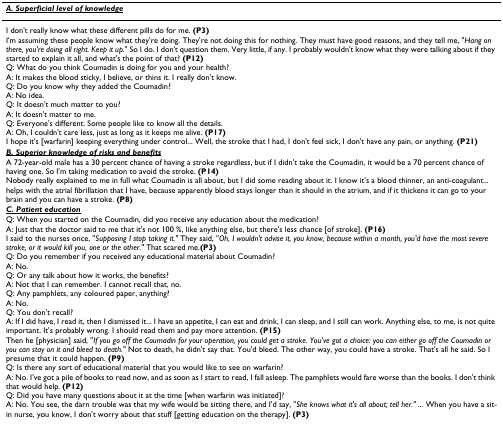
<table><thead><tr><td><b><i><underline>A. Superficial level of knowledge</underline></i></b></td></tr></thead><tbody><tr><td>I don't really know what these different pills do for me. <b>(P3)</b>I'm assuming these people know what they're doing. They're not doing this for nothing. They must have good reasons, and they tell me, "<i>Hang on there, you're doing all right. Keep it up.</i>" So I do. I don't question them. Very little, if any. I probably wouldn't know what they were talking about if they started to explain it all, and what's the point of that? <b>(P12)</b>Q: What do you think Coumadin is doing for you and your health?A: It makes the blood sticky, I believe, or thins it. I really don't know.Q: Do you know why they added the Coumadin?A: No idea.Q: It doesn't much matter to you?A: It doesn't matter to me.Q: Everyone's different. Some people like to know all the details.A: Oh, I couldn't care less, just as long as it keeps me alive. <b>(P17)</b>I hope it's [warfarin] keeping everything under control... Well, the stroke that I had, I don't feel sick, I don't have any pain, or anything. <b>(P21)</b></td></tr><tr><td><b><i><underline>B. Superior knowledge of risks and benefits</underline></i></b></td></tr><tr><td>A 72-year-old male has a 30 percent chance of having a stroke regardless, but if I didn't take the Coumadin, it would be a 70 percent chance of having one. So I'm taking medication to avoid the stroke. <b>(P14)</b>Nobody really explained to me in full what Coumadin is all about, but I did some reading about it. I know it's a blood thinner, an anti-coagulant... helps with the atrial fibrillation that I have, because apparently blood stays longer than it should in the atrium, and if it thickens it can go to your brain and you can have a stroke. <b>(P8)</b></td></tr><tr><td><i><underline><b>C. Patient education</b></underline></i></td></tr><tr><td>Q: When you started on the Coumadin, did you receive any education about the medication?A: Just that the doctor said to me that it's not 100 %, like anything else, but there's less chance [of stroke]. <b>(P16)</b>I said to the nurses once, "<i>Supposing I stop taking it." </i>They said, "<i>Oh, I wouldn't advise it, you know, because within a month, you'd have the most severe stroke, or it would kill you, one or the other." </i>That scared me.<b>(P3)</b>Q: Do you remember if you received any educational material about Coumadin?A: No.Q: Or any talk about how it works, the benefits?A: Not that I can remember. I cannot recall that, no.Q: Any pamphlets, any coloured paper, anything?A: No.Q: You don't recall?A: If I did have, I read it, then I dismissed it... I have an appetite, I can eat and drink, I can sleep, and I still can work. Anything else, to me, is not quite important. It's probably wrong. I should read them and pay more attention. <b>(P15)</b>Then he [physician] said, "<i>If you go off the Coumadin for your operation, you could get a stroke. You've got a choice: you can either go off the Coumadin or you can stay on it and bleed to death." </i>Not to death, he didn't say that. You'd bleed. The other way, you could have a stroke. That's all he said. So I presume that it could happen. <b>(P9)</b>Q: Is there any sort of educational material that you would like to see on warfarin?A: No. I've got a pile of books to read now, and as soon as I start to read, I fall asleep. The pamphlets would fare worse than the books. I don't think that would help. <b>(P12)</b>Q: Did you have many questions about it at the time [when warfarin was initiated]?A: No. You see, the darn trouble was that my wife would be sitting there, and I'd say, "<i>She knows what it's all about; tell her." </i>... When you have a sit-in nurse, you know, I don't worry about that stuff [getting education on the therapy]. <b>(P3)</b></td></tr></tbody></table>